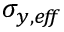
\sigma _ { y , e \! f \! \! f }